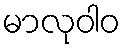
မာလုဝါဝ